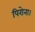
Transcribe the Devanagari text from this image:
पिरोना।